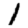
Digit: 1